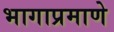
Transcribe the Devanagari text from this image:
भागाप्रमाणे